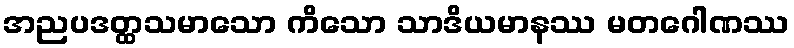
အညပဒတ္ထသမာသော ကိသော သာဒိယမာနဿ မတဂေါဏဿ